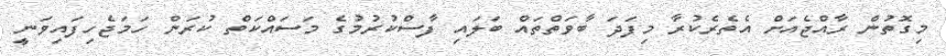
މިގޮތުން ރާއްޖެއަށް އެތެރެކުރާ މިފަދަ ބާވަތްތައް ބަލައި ފާސްކުރުމުގެ މަސައްކަތް ކުރަން ހަމަޖެހިފައިވަނީ